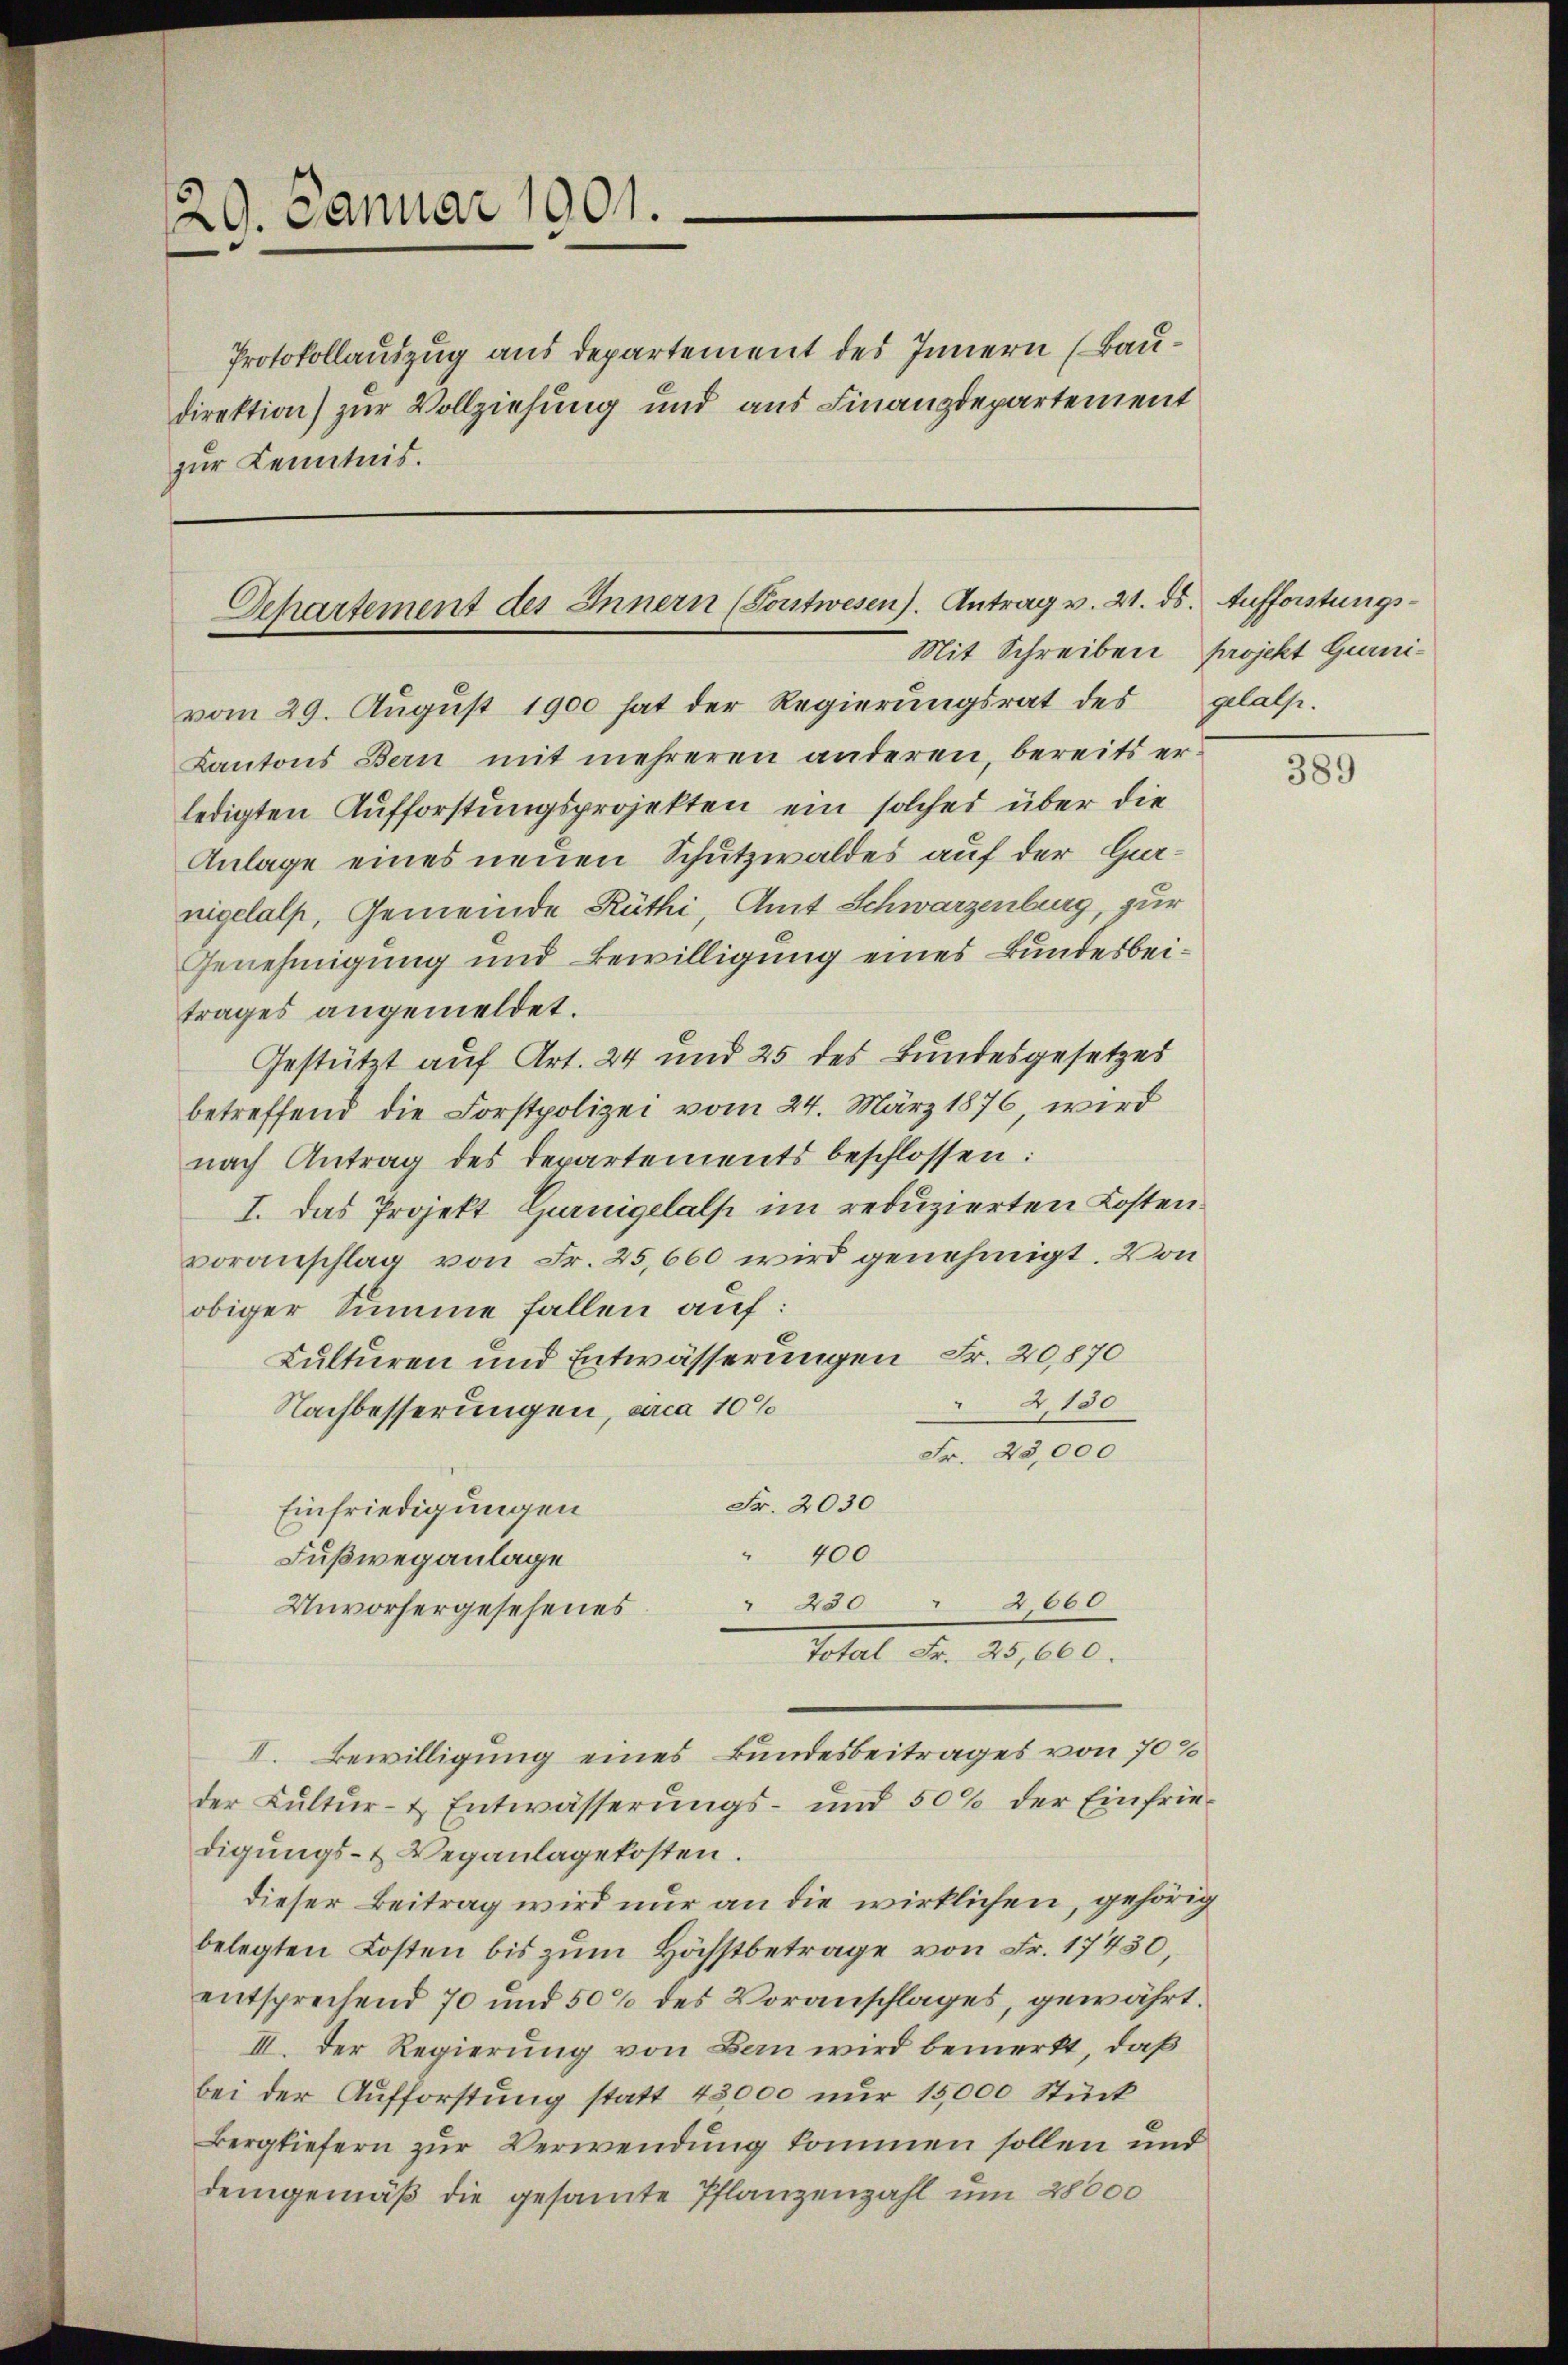
29. Januar 1901.

Departement des Innern (Sonstwesen). Antrag v. 21. ds. Aufforstungs¬
Mit Schreiben projekt Gurni¬

Protokollauszug aus Departement des Innern (Baudirektion) zur Vollziehung und aus Finanzdepartement
zur Kenntnis.

vom 29. August 1900 hat der Regierungsrat des gelas-
Kantons Bern mit mehreren anderen, bereits erledigten Aufforstungsprojekten ein solches über die
Anlage eines neuen Schutzwaldes auf der Garnigelalp, Gemeinde Rüthi, Amt Schwarzenburg, zur
Genehmigung und Bewilligung eines Bundesbeitrages angemeldet.
Gestützt auf Art. 24 und 25 des Bundesgesetzes
betreffend die Forstpolizei vom 24. März 1876, wird
nach Antrag des Departements beschlossen:
I. Das Projekt Gurnigelalp im reduzierten Kosten.
voranschlag von Fr. 25,660 wird genehmigt. Von
obiger Summe fallen auf:
Kulturen und Entwässerungen Fr. 20,870
4180
Nachbesserungen, arca 10%
Fr. 23,000
Fr. 2030
Einfriedigungen
400
Fußweganlage
" 230 " 2660
Unvorhergesehenes
Total Fr. 25,660.
II. Bewilligung eines Bundesbeitrages von 70 %
der Kultur- & Entwässerŭngs- und 50% der Einfrie-
digungs- & Veranlagekosten.
dieser Beitrag wird nur an die wirklichen, gehörig
belegten Kosten bis zum Höchstbetrage von Fr. 17430,
entsprechend 70 und 50% des Voranschlages, gewährt.
III. Der Regierung von Bau wird bemerkt, daß
bei der Aufforstŭng statt 43,000 nur 15,000 Stück
Bergliefern zur Verwendung kommen sollen und
demgemäß die gesamte Pflanzenzahl um 28000

389